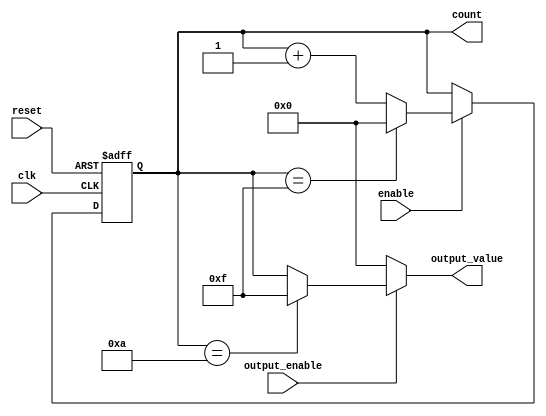
module synchronous_counter (
    input wire clk,           // Clock input
    input wire reset,         // Asynchronous reset input
    input wire enable,        // Enable input for counting
    input wire output_enable,  // Output enable signal
    output reg [3:0] count,   // 4-bit counter output
    output reg [3:0] output_value // Output value based on control logic
);

// Maximum count value (for a 4-bit counter)
parameter MAX_COUNT = 4'b1111; // 15 in decimal

// Counter logic
always @(posedge clk or posedge reset) begin
    if (reset) begin
        count <= 4'b0000; // Reset counter to 0
    end else if (enable) begin
        if (count == MAX_COUNT) begin
            count <= 4'b0000; // Wrap around to 0
        end else begin
            count <= count + 1; // Increment counter
        end
    end
end

// Output control logic
always @(*) begin
    if (output_enable) begin
        // Conditional output logic
        if (count == 4'b1010) begin // Example condition: if count is 10
            output_value = 4'b1111; // Output a specific value (e.g., 15)
        end else begin
            output_value = count; // Output the current count value
        end
    end else begin
        output_value = 4'b0000; // If output is not enabled, output 0
    end
end

endmodule